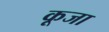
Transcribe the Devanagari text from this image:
कूजा